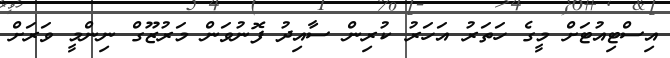
އިސްޓިއުޓަށް މީގެ ހަތަރު އަހަރު ކުރިން ސާއިދު ފޮނުވަން މަރުޒޫގް ނިންމީ ވަރަށް